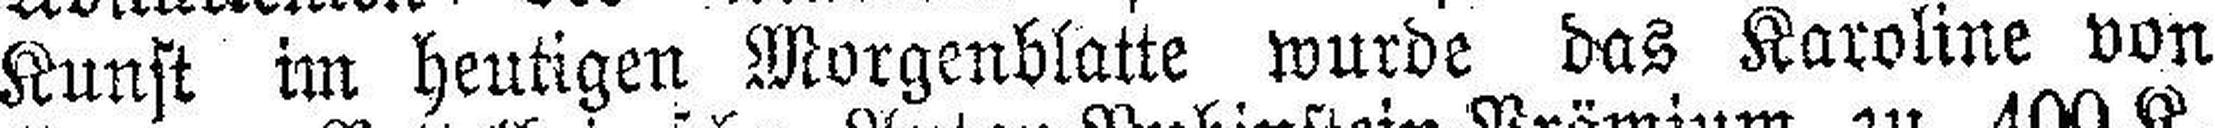
Kunst im heutigen Morgenblatte wurde das Karoline von